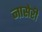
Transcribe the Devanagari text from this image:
नासेरी